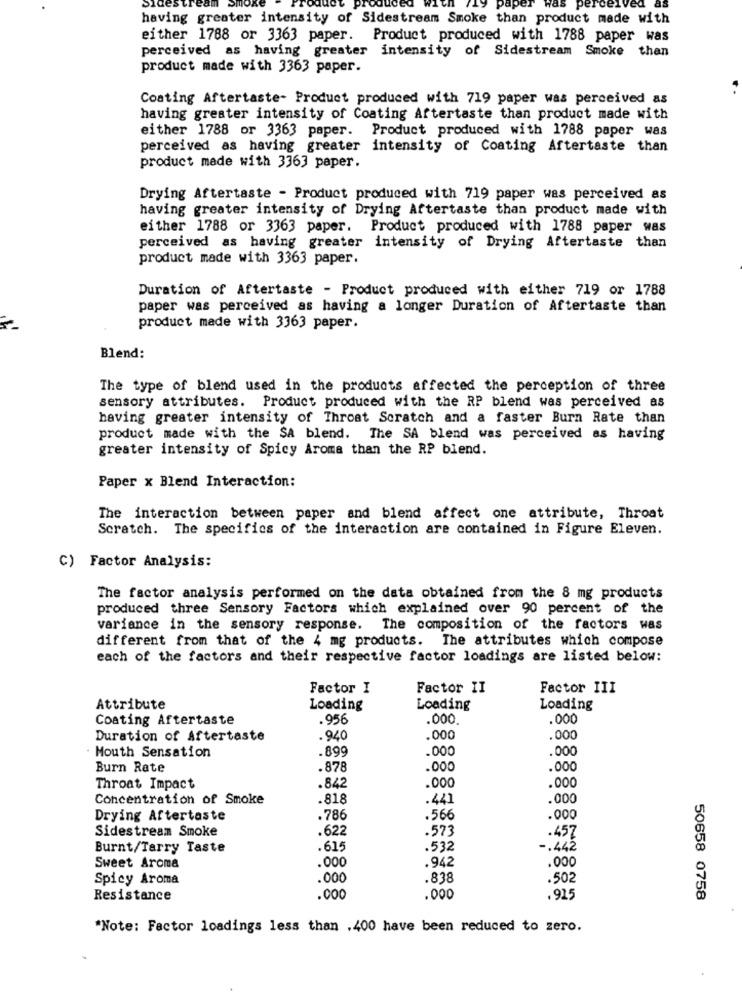
Pap
having greater intensity of Sidestream Smoke than product made with
either 1788 or 3363 paper. Product produced with 1788 paper was
perceived as having greater intensity of Sidestream Smoke than
product made with 3363 paper.
Coating Aftertaste- Product produced with 719 paper was perceived as
having greater intensity of Coating Aftertaste than product made with
either 1788 or 3363 paper. Product produced with 1788 paper was
perceived as having greater intensity of Coating Aftertaste than
product made with 3363 paper.
Drying Aftertaste - Product produced with 719 paper was perceived as
having greater intensity of Drying Aftertaste than product made with
either 1788 or 3363 paper. Product produced with 1788 paper was
perceived as having greater intensity of Drying Aftertaste than
product made with 3363 paper.
Duration of Aftertaste - Product produced with either 719 or 1788
paper was perceived as having a longer Duration of Aftertaste than
product made with 3363 paper.
Blend:
The type of blend used in the products affected the perception of three
sensory attributes. Product produced with the RP blend was perceived as
having greater intensity of Throat Scratch and a faster Burn Rate than
product made with the SA blend. The SA blend was perceived as having
greater intensity of Spicy Aroma than the RP blend.
Paper x Blend Interaction:
The interaction between paper and blend affect one attribute, Throat
Scratch. The specifics of the interaction are contained in Figure Eleven.
C) Factor Analysis:
The factor analysis performed on the data obtained from the 8 mg products
produced three Sensory Factors which explained over 90 percent of the
variance in the sensory response. The composition of the factors was
different from that of the 4 mg products. The attributes which compose
each of the factors and their respective factor loadings are listed below:
Factor I
Factor II
Factor III
Attribute
Loading
Loading
Loading
Coating Aftertaste
.956
.000.
.000
Duration of Aftertaste
.940
.000
.000
.899
.000
.000
- Mouth Sensation
Burn Rate
.878
.000
.000
.000
Throat Impact
.842
.000
Concentration of Smoke
-818
.441
.000
Drying Aftertaste
.786
.566
.000
Sidestream Smoke
.622
.573
.457
Burnt/Tarry Taste
.615
.532
-. 442
.000
.942
.000
Sweet Aroma
Spicy Aroma
.000
.838
.502
Resistance
.000
.000
.915
50658 0758
*Note: Factor loadings less than .400 have been reduced to zero.